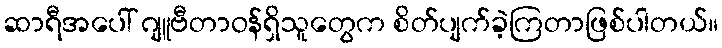
ဆာရီအပေါ် ဂျူဗီတာဝန်ရှိသူတွေက စိတ်ပျက်ခဲ့ကြတာဖြစ်ပါတယ်။